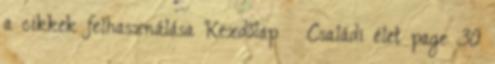
a cikkek felhasználása Kezdőlap » Családi élet page 30